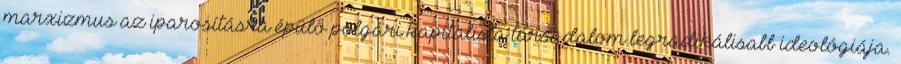
marxizmus az iparosításra épülő polgári kapitalista társadalom legradikálisabb ideológiája.